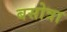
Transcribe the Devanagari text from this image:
बसोत्रा